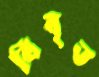
বিবৃত